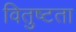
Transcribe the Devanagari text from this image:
वितुष्टता